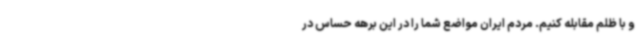
و با ظلم مقابله کنیم. مردم ایران مواضع شما را در این برهه حساس در